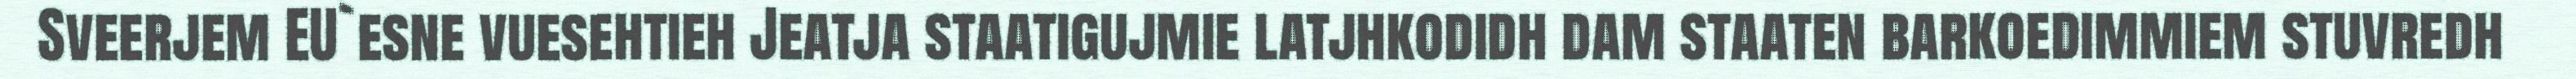
Sveerjem EU`esne vuesehtieh Jeatja staatigujmie latjhkodidh dam staaten barkoedimmiem stuvredh